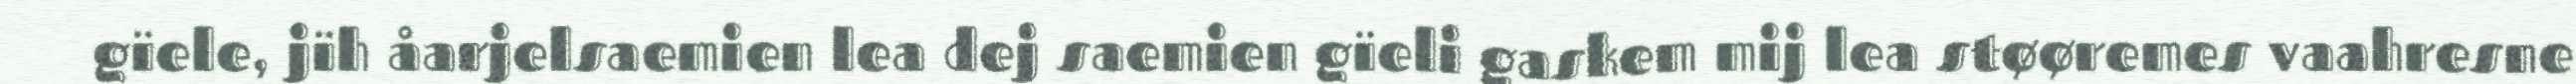
gïele, jïh åarjelsaemien lea dej saemien gïeli gaskem mij lea støøremes vaahresne